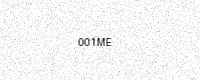
Text: 001ME